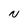
Character: N